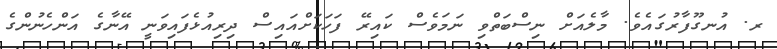
ރ. އުނގޫފާރުގައެވެ. މާލެއަށް ނިސްބަތްވި ނަމަވެސް ކައިރޭ ފަހަކަށްއައިސް ދިރިއުޅެފައިވަނީ އޭނާގެ އަންހެނުންގެ